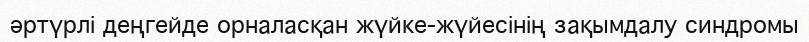
әртүрлі деңгейде орналасқан жүйке-жүйесінің зақымдалу синдромы